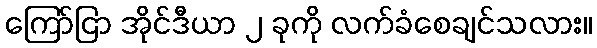
ကြော်ငြာ အိုင်ဒီယာ ၂ ခုကို လက်ခံစေချင်သလား။